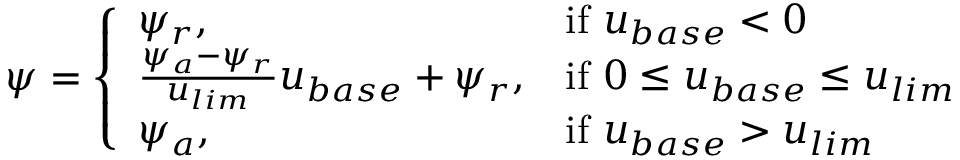
\psi = \left\{ \begin{array} { l l } { \psi _ { r } , } & { \mathrm { i f ~ } u _ { b a s e } < 0 } \\ { \frac { \psi _ { a } - \psi _ { r } } { u _ { l i m } } u _ { b a s e } + \psi _ { r } , } & { \mathrm { i f ~ } 0 \leq u _ { b a s e } \leq u _ { l i m } } \\ { \psi _ { a } , } & { \mathrm { i f ~ } u _ { b a s e } > u _ { l i m } } \end{array} \right.